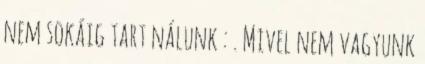
nem sokáig tart nálunk : . Mivel nem vagyunk